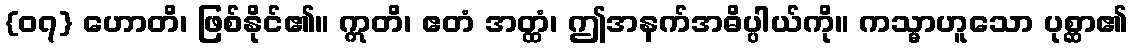
{၀၇} ဟောတိ၊ ဖြစ်နိုင်၏။ ဣတိ၊ ဧတံ အတ္ထံ၊ ဤအနက်အဓိပ္ပါယ်ကို။ ကသ္မာဟူသော ပုစ္ဆာ၏